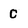
Character: C